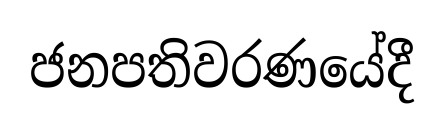
ජනපතිවරණයේදී